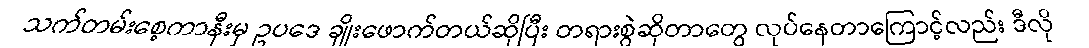
သက်တမ်းစေ့ကာနီးမှ ဥပဒေ ချိုးဖောက်တယ်ဆိုပြီး တရားစွဲဆိုတာတွေ လုပ်နေတာကြောင့်လည်း ဒီလို